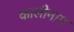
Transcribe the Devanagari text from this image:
कालीनाग